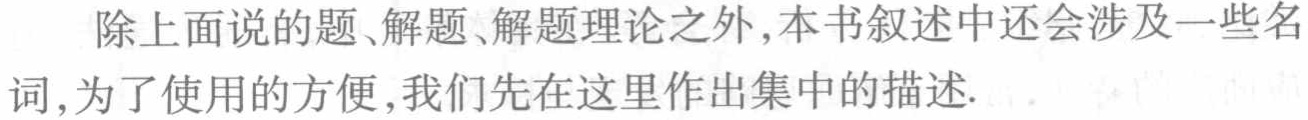
除上面说的题、解题、解题理论之外,本书叙述中还会涉及一些名词,为了使用的方便,我们先在这里作出集中的描述.